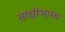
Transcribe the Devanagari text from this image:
साक्षीभास्य